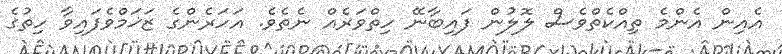
އެއިން އެންމެ ތިއްކެތްވެސް ލޮލުން ފައިބާނޭ ހިތްވަރެއް ނެތެވެ. އަހަރެންގެ ޒަޚަމްވެފައިވާ ހިތުގެ